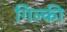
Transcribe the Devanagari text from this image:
गिल्की